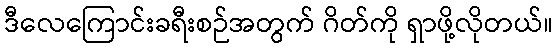
ဒီလေကြောင်းခရီးစဉ်အတွက် ဂိတ်ကို ရှာဖို့လိုတယ်။